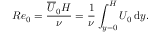
R e _ { 0 } = \frac { \overline { { U } } _ { 0 } H } { \nu } = \frac { 1 } { \nu } \int _ { y = 0 } ^ { H } U _ { 0 } \, \mathrm { d } y .